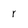
Character: r